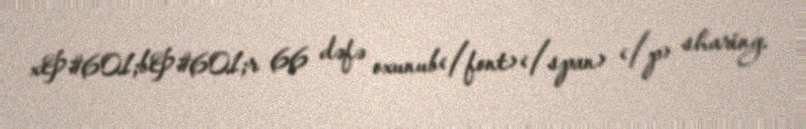
x&#601;b&#601;r 66 dəfə oxunub</font></span> </p> sharing.